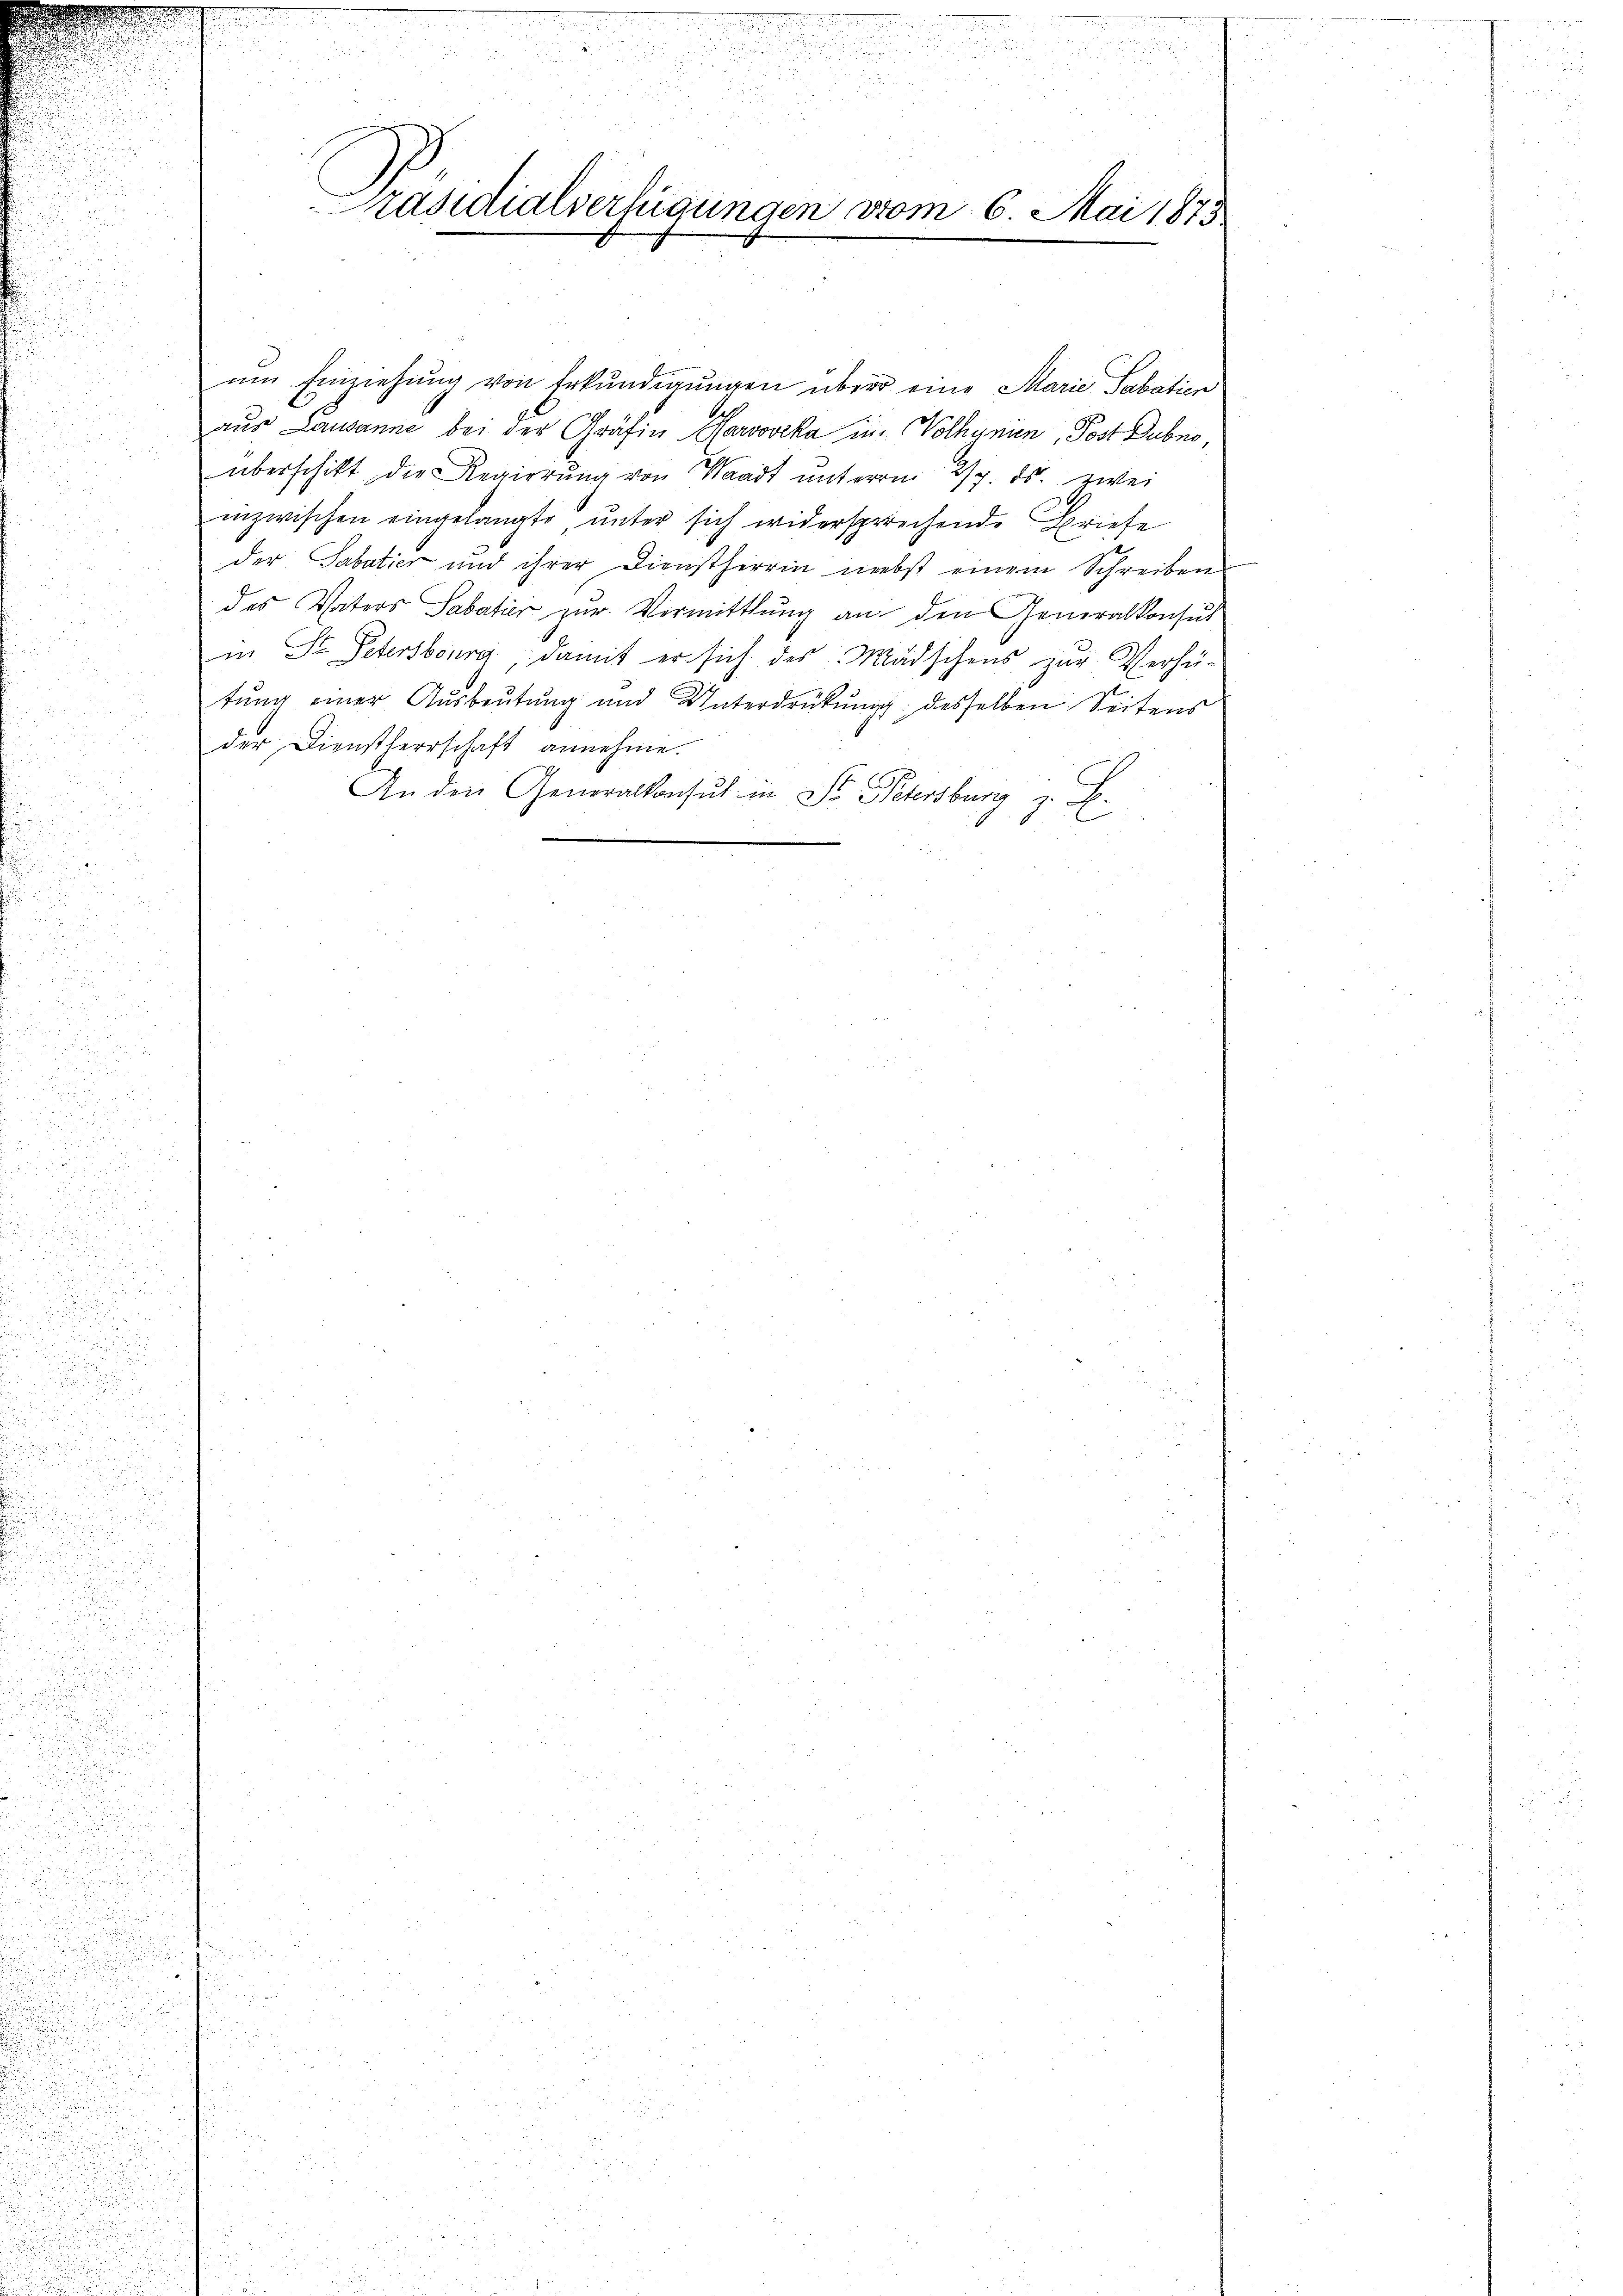
i
.
Präsidialverfügungen vom 6. Mai 1875

ŭm Einziehŭng von Erkŭndigŭngen über eine Marie Sabatien
aus Lausanne bei der Gräfin Horoovika in Wolhynun, Post Dubno,
überschikt die Regierŭng von Waadt ŭnterm 27. ds. zwei
inzwischen eingelangte, unter sich widersprechende Briefe
der Sabatier und ihrer Dienstherrin nebst einem Schreiben
des Vaters Sabatier zur Vermittlung an den Generalkonsul
in St. Petersburg, damit er sich des Mädschens zŭr Verhü-
tung einer Ausbeutung und Unterdrückung: desselben Seitens
der Dienstherrschaft annehme.
An den Generalkonsul in St. Petersburg z. B.